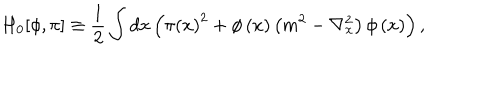
H _ { 0 } [ \phi , \pi ] \equiv \frac { 1 } { 2 } \int d x \left( \pi \left( x \right) ^ { 2 } + \phi \left( x \right) \left( m ^ { 2 } - \nabla _ { x } ^ { 2 } \right) \phi \left( x \right) \right) ,